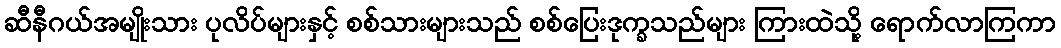
ဆီနီဂယ်အမျိုးသား ပုလိပ်များနှင့် စစ်သားများသည် စစ်ပြေးဒုက္ခသည်များ ကြားထဲသို့ ရောက်လာကြကာ